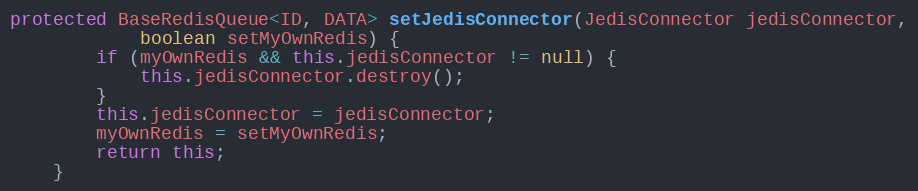
Language: Java
protected BaseRedisQueue<ID, DATA> setJedisConnector(JedisConnector jedisConnector,
            boolean setMyOwnRedis) {
        if (myOwnRedis && this.jedisConnector != null) {
            this.jedisConnector.destroy();
        }
        this.jedisConnector = jedisConnector;
        myOwnRedis = setMyOwnRedis;
        return this;
    }